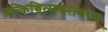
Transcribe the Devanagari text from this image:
यत्किञ्चित्सचराचरम्